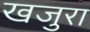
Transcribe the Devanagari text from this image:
खजुरा